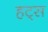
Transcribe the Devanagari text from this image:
हट्स